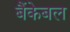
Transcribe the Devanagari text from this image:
बैंकेबल